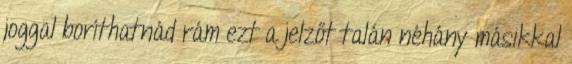
joggal boríthatnád rám ezt a jelzőt talán néhány másikkal